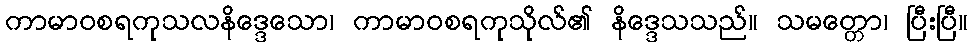
ကာမာဝစရကုသလနိဒ္ဒေသော၊ ကာမာဝစရကုသိုလ်၏ နိဒ္ဒေသသည်။ သမတ္တော၊ ပြီးပြီ။